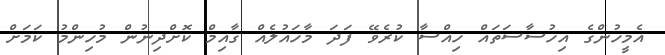
އެމީހުންގެ އިހުސާސަތައް ހިއްސާ ކުރެވޭ ފަދަ މާހައުލެއް ގާއިމް ކޮށްދިނުން މުހިންމު ކަމަށް